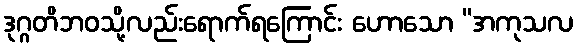
ဒုဂ္ဂတိဘဝသို့လည်းရောက်ရကြောင်း ဟောသော “အကုသလ